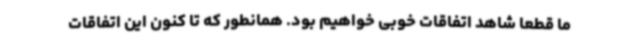
ما قطعا شاهد اتفاقات خوبی خواهیم بود. همانطور که تا کنون این اتفاقات